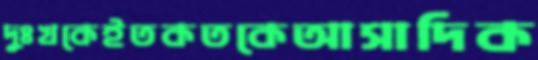
দুঃখকেইতকতকেআসাদিক